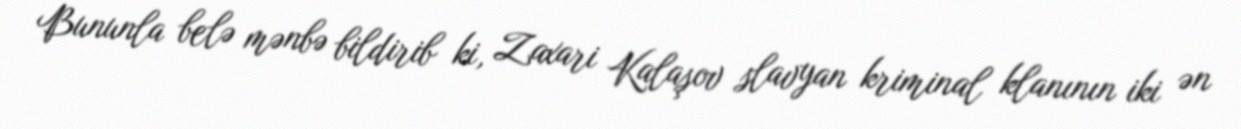
Bununla belə mənbə bildirib ki, Zaxari Kalaşov slavyan kriminal klanının iki ən